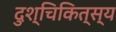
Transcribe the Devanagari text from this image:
दुश्चिकित्स्य